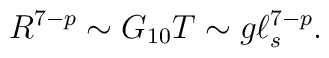
R^{7-p} \sim G_{10} T \sim g \ell_s^{7-p}.